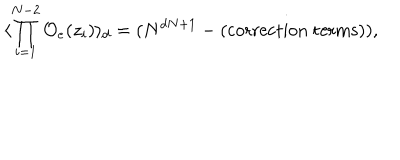
LaTeX: \langle \prod _ { i = 1 } ^ { N - 2 } { \cal O } _ { e } ( z _ { i } ) \rangle _ { d } = ( N ^ { d N + 1 } - ( \mathrm { c o r r e c t i o n ~ t e r m s } ) ) ,